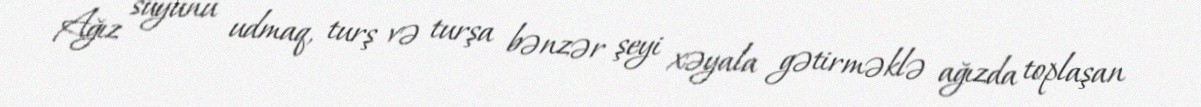
Ağız suyunu udmaq, turş və turşa bənzər şeyi xəyala gətirməklə ağızda toplaşan